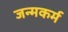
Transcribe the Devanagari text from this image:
जन्मकर्म